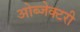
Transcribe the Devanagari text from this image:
ओब्जेक्टरी